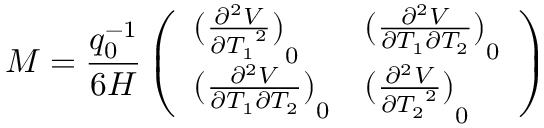
M = \frac { q _ { 0 } ^ { - 1 } } { 6 H } \left( \begin{array} { l l } { { { ( \frac { { \partial ^ { 2 } } V } { \partial { T _ { 1 } } ^ { 2 } } ) } _ { 0 } } } & { { { ( \frac { { \partial ^ { 2 } } V } { \partial { T _ { 1 } } \partial { T _ { 2 } } } ) } _ { 0 } } } \\ { { { ( \frac { { \partial ^ { 2 } } V } { \partial { T _ { 1 } } \partial { T _ { 2 } } } ) } _ { 0 } } } & { { { ( \frac { { \partial ^ { 2 } } V } { \partial { T _ { 2 } } ^ { 2 } } ) } _ { 0 } } } \end{array} \right)